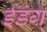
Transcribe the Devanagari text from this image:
ईडंग्